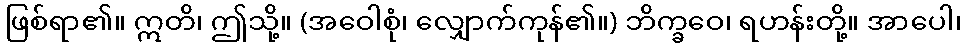
ဖြစ်ရာ၏။ ဣတိ၊ ဤသို့။ (အဝေါစုံ၊ လျှောက်ကုန်၏။) ဘိက္ခဝေ၊ ရဟန်းတို့။ အာပေါ၊